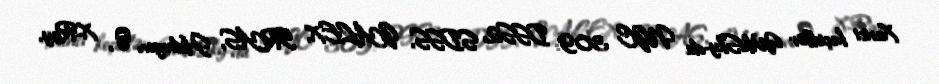
Xarici keçidlər WikiSky-da NGC 309: DSS2, SDSS, GALEX, IRAS, Hidrogen α, X-Ray,